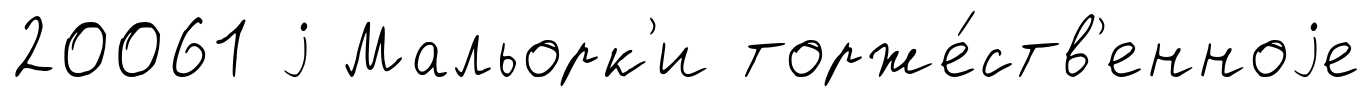
20061 j Мальорк'и торже́ств'енноjе